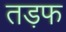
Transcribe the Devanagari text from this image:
तड़फ